Leningradi_Edasi_toimetus, lk 75
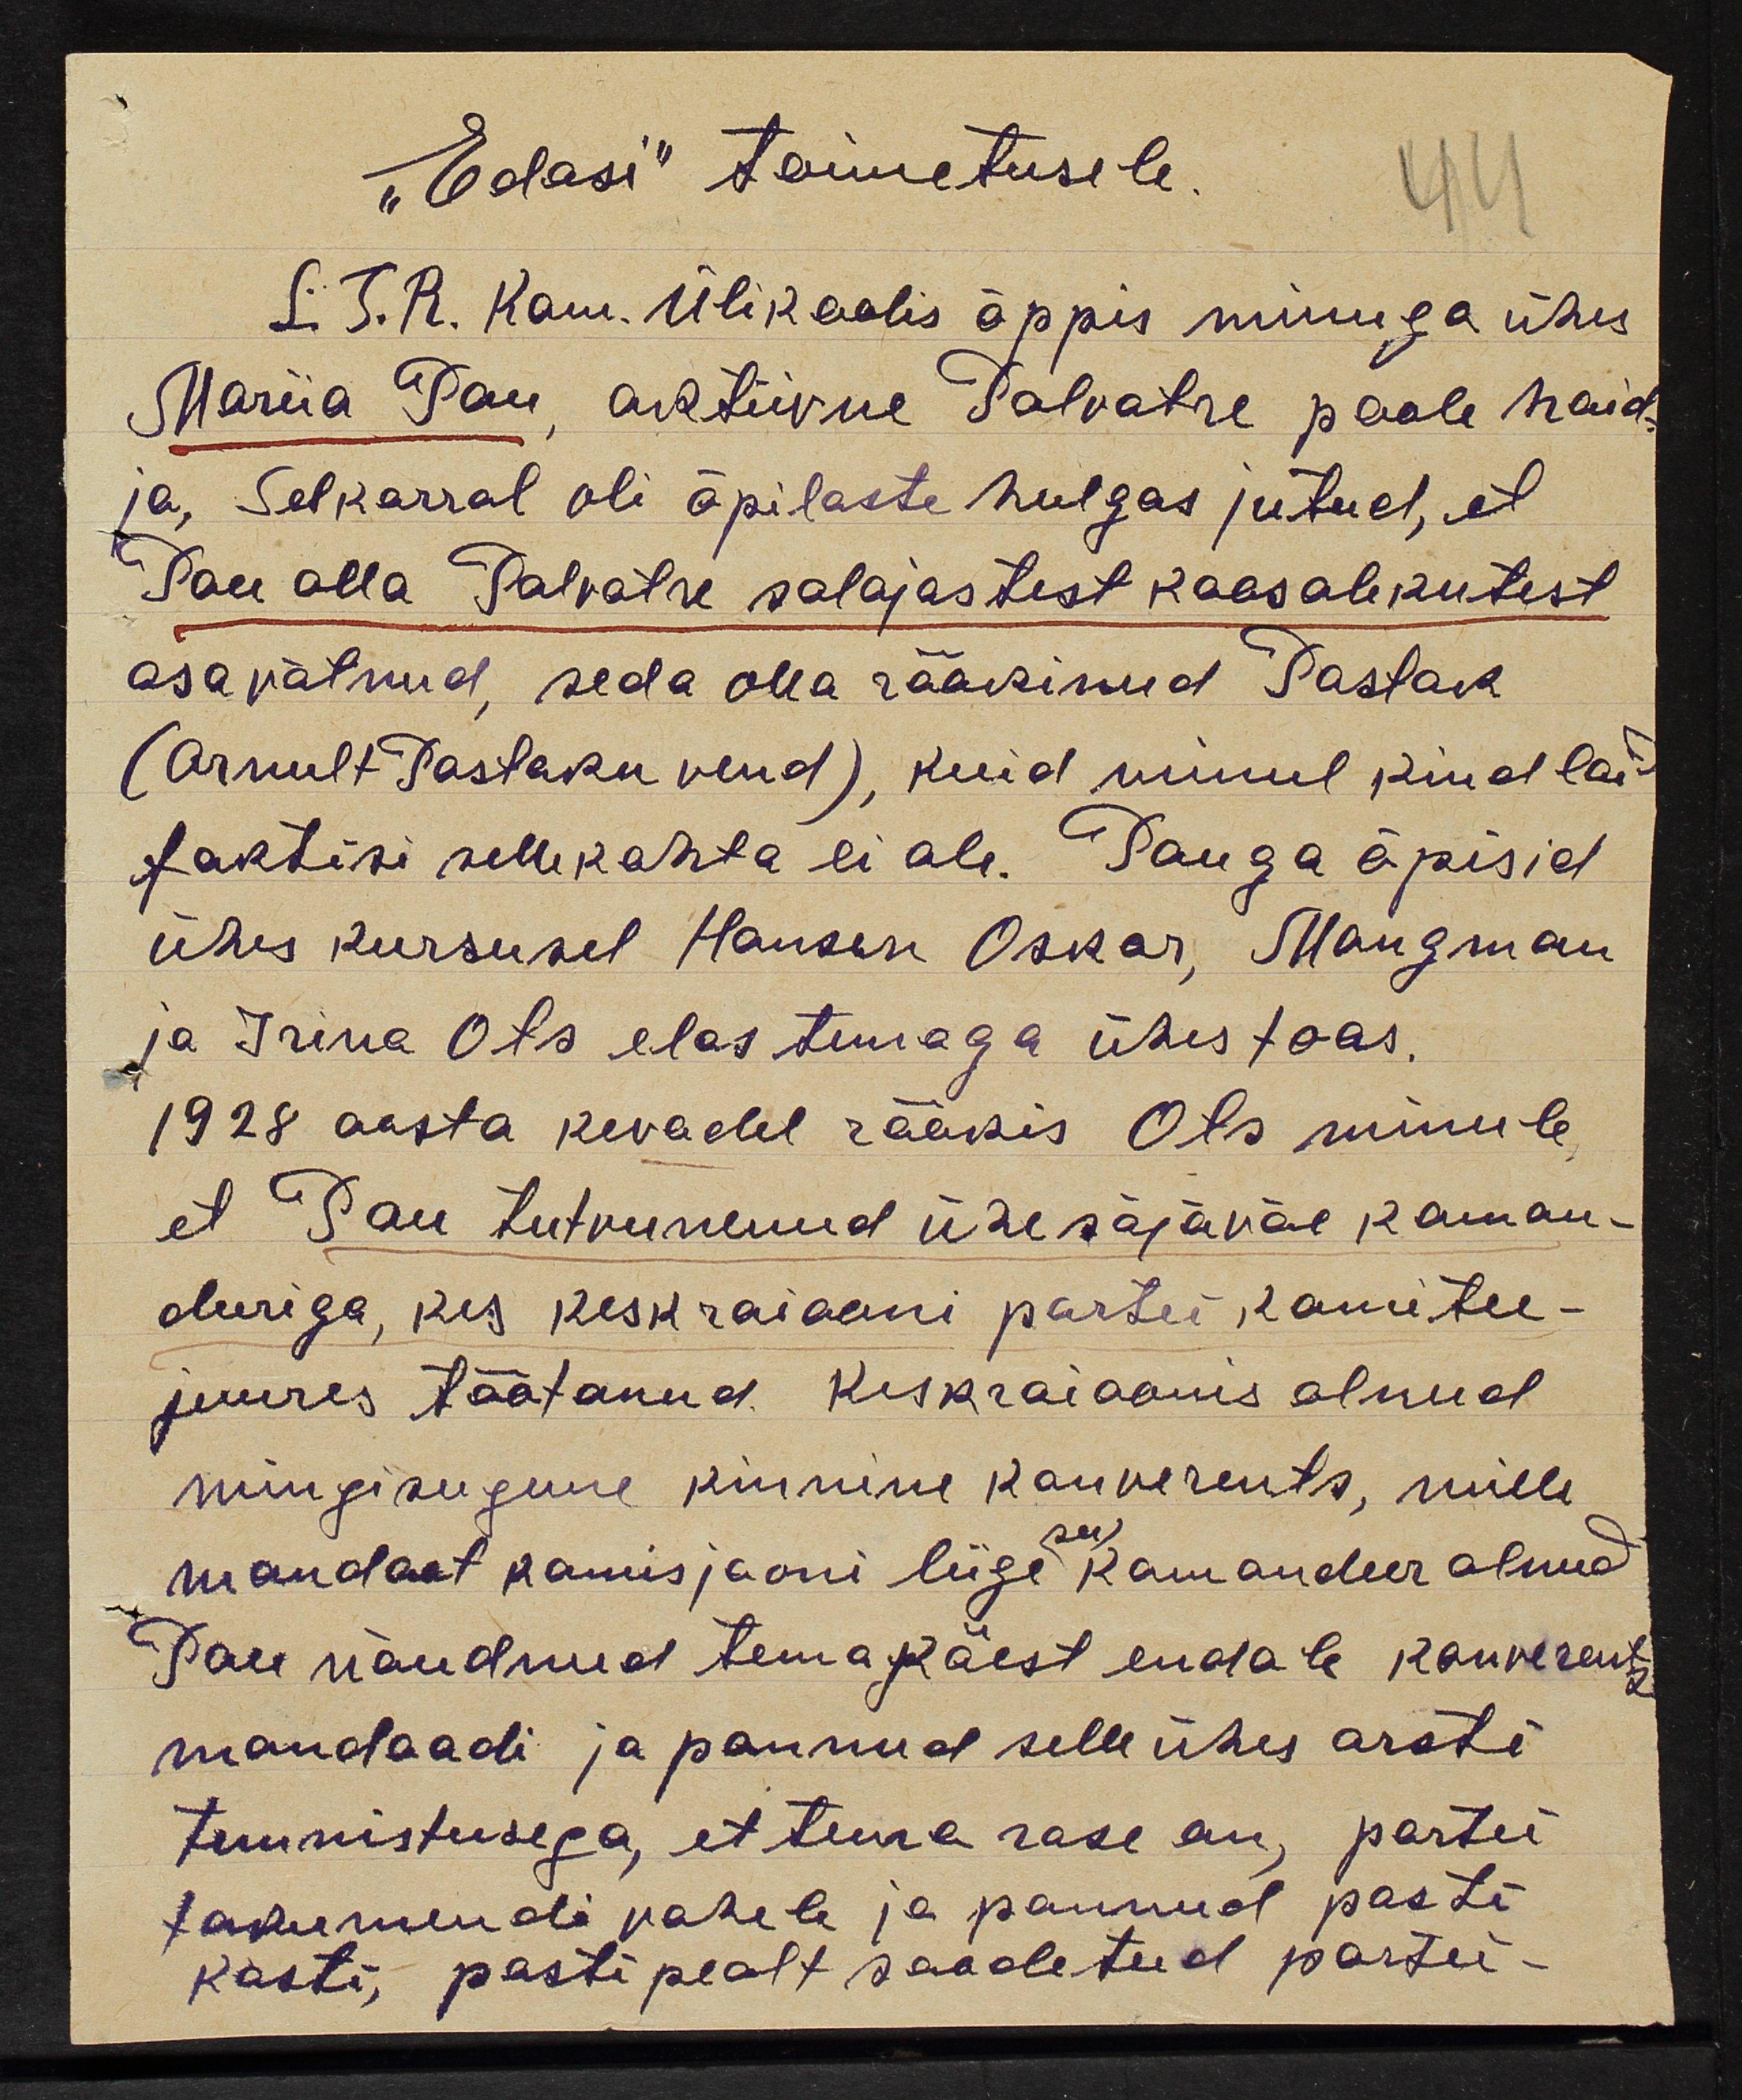
"Edasi" toimetusele.
44
L. T. R. Kam. Ülikoolis õppis minuga ühes
Mariia Pau, aktiivne Palvatre poole hoid-
ja, Sel korral oli õpilaste hulgas jutud, et
Pau olla Palvatre salajastest koosolekutest
osa võtnud, seda olla rääkinud Pastak
(Arnult Pastaku vend), kuid minul kindlaid
faktisi selle kohta ei ole. Pauga õpisid
ühes kursusel Hansen Oskar, Mangman
ja Irina Ots elas temaga ühes toas.
1928 aasta kevadel rääkis Ots minule
et Pau tutvunenud ühe sõjaväe koman-
deeriga, kes keskraiooni partei komitee-
juures töötanud. Keskraioonis olnud
mingisugune kinnine konverents, mille-
mandaat komisjooni liige see komandeer olnud
Pau nõudnud tema käest endale konverentsi
mandaadi ja pannud selle ühes arsti
tunnistusega, et tema rase on, partei
tokumendi vahele ja pannud post-
kasti, posti pealt saadetud partei-